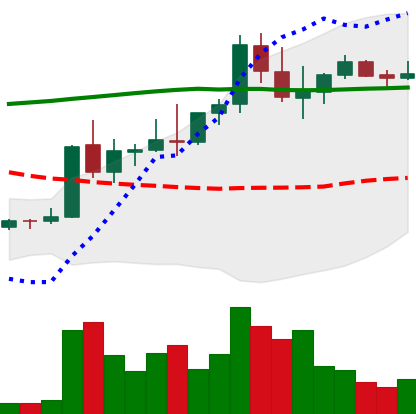
Ticker: DOGE-USD
Chart end date: 2021-08-23
Forward return: -10.155%
Label: down_7plus